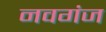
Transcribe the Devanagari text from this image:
नवगंज